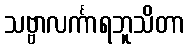
သဗ္ဗာလင်္ကာရဘူသိတာ